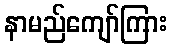
နာမည်ကျော်ကြား